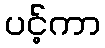
ပင့်ကာ